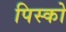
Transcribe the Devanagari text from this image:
पिस्को